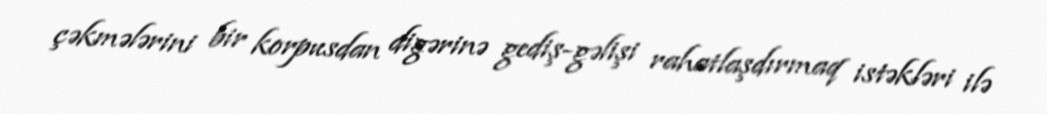
çəkmələrini bir korpusdan digərinə gediş-gəlişi rahatlaşdırmaq istəkləri ilə